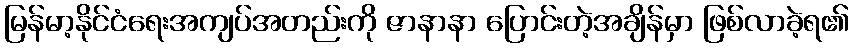
မြန်မာ့နိုင်ငံရေးအကျပ်အတည်းကို ဇာနာနာ ပြောင်းတဲ့အချိန်မှာ ဖြစ်လာခဲ့ရ၏